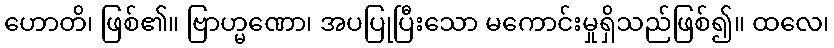
ဟောတိ၊ ဖြစ်၏။ ဗြာဟ္မဏော၊ အပပြုပြီးသော မကောင်းမှုရှိသည်ဖြစ်၍။ ထလေ၊